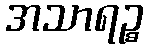
အသာရဉ္စ